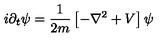
i \partial _ { t } \psi = \frac { 1 } { 2 m } \left[ - \nabla ^ { 2 } + V \right] \psi